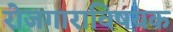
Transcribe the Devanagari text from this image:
रोजगाराविषयक